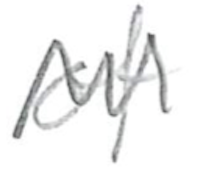
Text: of
Cross-out: zig-zag
Writing tool: pencil